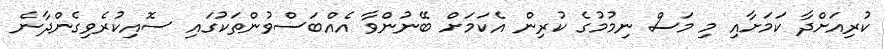
ކުރިއަށްދާ ކަމަށާއި މި މަސް ނިމުމުގެ ކުރިން އެކަމަށް ބޭނުންވާ އެއްބަސްވުންތަކުގައި ސޮއިކުރެވިގެންދާނެ